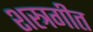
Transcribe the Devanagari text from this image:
शस्त्रगीत